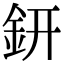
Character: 鈃